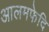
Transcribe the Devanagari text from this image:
आलमफेदि